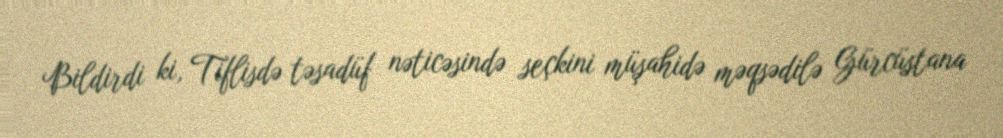
Bildirdi ki, Tiflisdə təsadüf nəticəsində seçkini müşahidə məqsədilə Gürcüstana